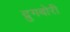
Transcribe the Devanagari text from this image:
द्रुगबोरी